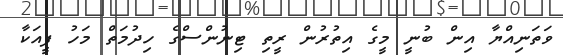
ވަތަނިއްޔާ އިން ބުނީ މީގެ އިތުރުން ރީތި ޓިނުންސްގެ ހިދުމަތް މަހު ފީއަކާ